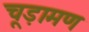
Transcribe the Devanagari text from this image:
चूड़ामण